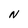
Character: N